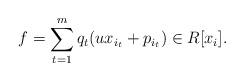
LaTeX: \begin{align*}f = \sum_{t=1}^m q_t(ux_{i_t} + p_{i_t}) \in R[x_i].\end{align*}